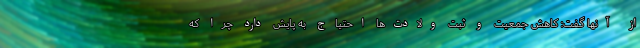
از آنها گفت: کاهش جمعیت و ثبت ولادت‌ها احتیاج به پایش دارد چرا که